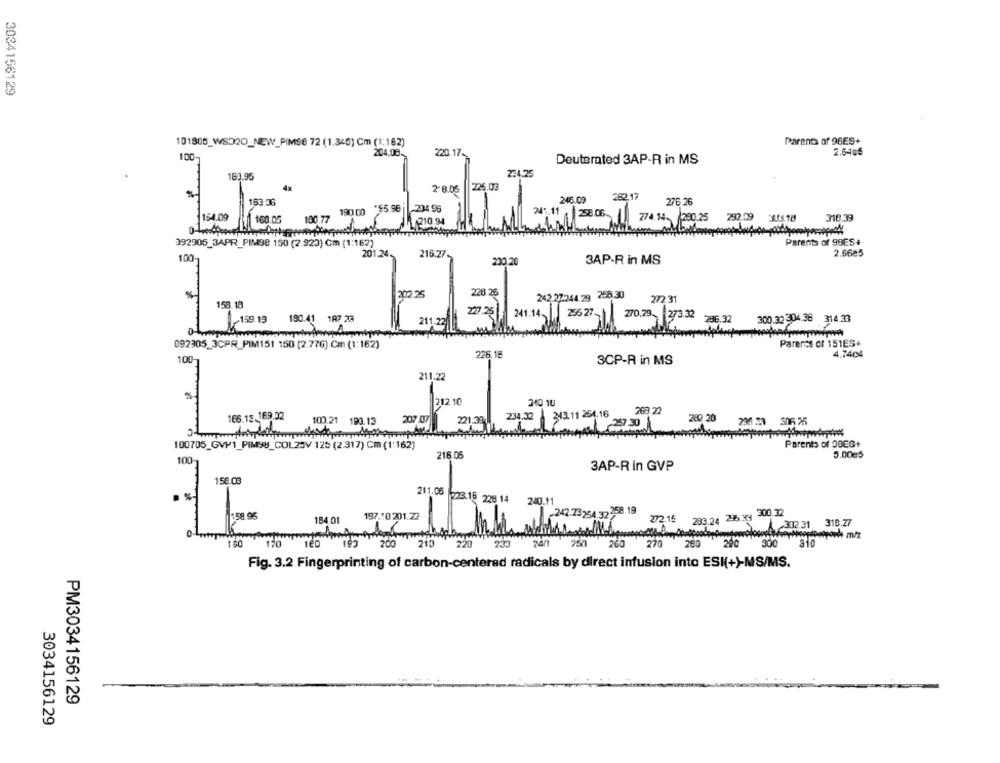
3034156129
101800_WS320_NEW_PIMSE 72 (1.345) Cm (1:162)
Parents of 98ES+
204.08.
220.17-
2.64.6
100-
Deuterated 3AP-R in MS
182.95
234.25
4x
2-8.05
225.03
%
246.09
282.17
163.36
190 00 95.98
204.96
276 26
245.11
154.09
160.05
100.77
210.94
258.06. 274.14. 280.25 292.09
3001.18
310.39
392905_3APR_PIM98 150 (2.923) Cm (1:162)
Parents of 98ES+
2.6625
100-
201.24.
216.27.
230.20
3AP-R in MS
228.26
242.22244.29 258.30
158.18
272 31
159.19
180.41 187 29
222 2511
241.14
300.32304.36 314.33
212
256.27 / 270.29 373.32 86.3
092305_3CPR PIM151 150 (2.776) Cm (1:162)
Pareres or 151ES+
226.16
4.7404
100
3CP-R in MS
211.22
212.10
210 10
166.13 169.02
207.07
221.39
234.30 343.11 254.16
280.20
236 33 306 25
100.21 190.12
157 30
Parents of 00ES+
100705_GVP1_PIMYU_COL23V 125 (2.317) Cm (1:162)
216.05
5.00€5
100-
3AP-R in GVP
156.03
211.05
223.16 228 14 240.11
242.23254 32 258.19
233.24 246 3ry 300.32
158.96
184.01
197.10 201.22
272.16
302 31 318.27
170
200
210 220 233
250
260
270
260
290
300
Fig. 3.2 Fingerprinting of carbon-centered radicals by direct infusion into ESK(+)-MS/MS.
PM3034156129
3034156129